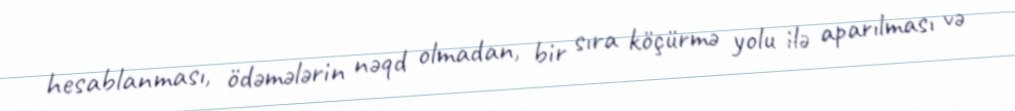
hesablanması, ödəmələrin nəqd olmadan, bir sıra köçürmə yolu ilə aparılması və